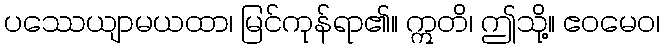
ပဿေယျာမယထာ၊ မြင်ကုန်ရာ၏။ ဣတိ၊ ဤသို့။ ဧဝမေဝ၊